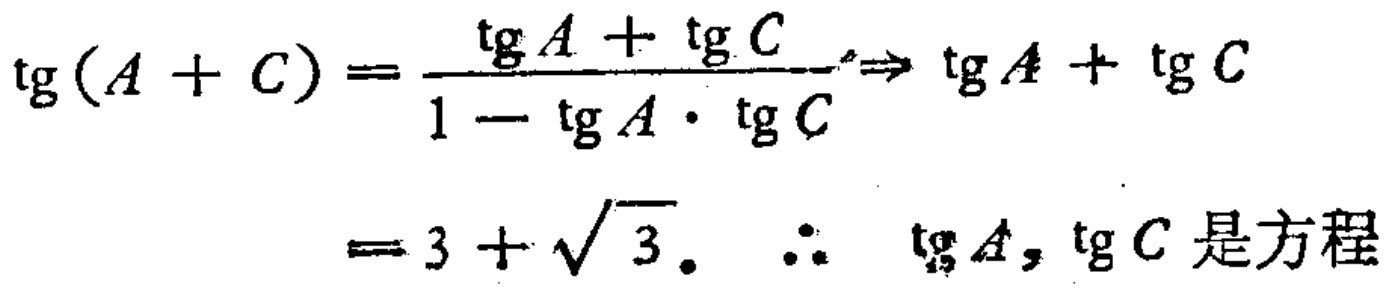
\(\begin{align*}
\mathrm{tg}(A + C)&=\frac{\mathrm{tg}A+\mathrm{tg}C}{1 - \mathrm{tg}A\cdot\mathrm{tg}C}\Rightarrow \mathrm{tg}A+\mathrm{tg}C\\
&=3+\sqrt{3}.\ \ \therefore\ \ \mathrm{tg}A,\mathrm{tg}C\text{ 是方程}
\end{align*}\)